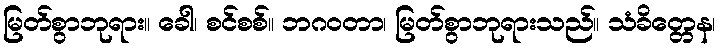
မြတ်စွာဘုရား။ ခေါ၊ စင်စစ်။ ဘဂဝတာ၊ မြတ်စွာဘုရားသည်။ သံခိတ္တေန၊